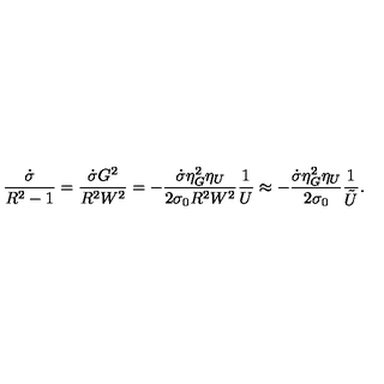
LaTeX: \frac { \dot { \sigma } } { R ^ { 2 } - 1 } = \frac { \dot { \sigma } G ^ { 2 } } { R ^ { 2 } W ^ { 2 } } = - \frac { \dot { \sigma } \eta _ { G } ^ { 2 } \eta _ { U } } { 2 \sigma _ { 0 } R ^ { 2 } W ^ { 2 } } \frac { 1 } { U } \approx - \frac { \dot { \sigma } \eta _ { G } ^ { 2 } \eta _ { U } } { 2 \sigma _ { 0 } } \frac { 1 } { \tilde { U } } .